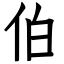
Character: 伯